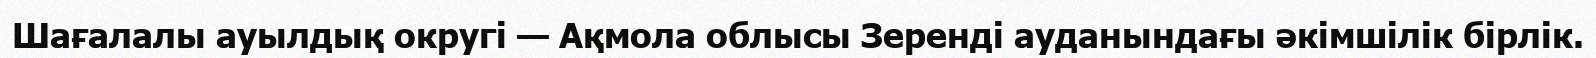
Шағалалы ауылдық округi — Ақмола облысы Зеренді ауданындағы әкімшілік бірлік.